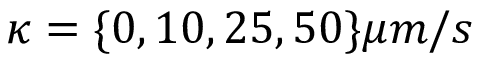
\kappa = \{ 0 , 1 0 , 2 5 , 5 0 \} \mu m / s